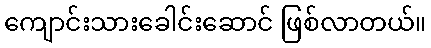
ကျောင်းသားခေါင်းဆောင် ဖြစ်လာတယ်။